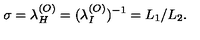
\sigma = \lambda _ { H } ^ { ( O ) } = ( \lambda _ { I } ^ { ( O ) } ) ^ { - 1 } = L _ { 1 } / L _ { 2 } .